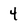
Character: 4